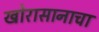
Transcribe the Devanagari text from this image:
खोरासानाचा